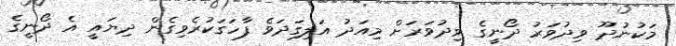
މަކުނުދޫ ވިދުވަރު ދޯނީގެ ވިދުވަރަށް މިއަދު އަލިގަދަވެ ފާހަގަކުރެވިގެން ދިޔައީ އެ ދޯނީގެ